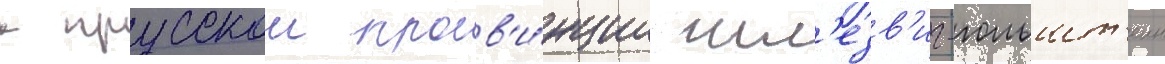
к прусскои пров'и́нции шл'езв'иг-гольшт'еин